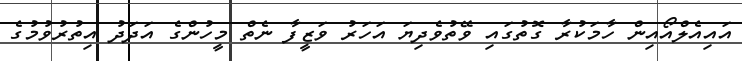
އައިއެލްއޯއިން ހާމަކުރާ ގޮތުގައި ވޭތުވެދިޔަ އަހަރު ވަޒީފާ ނެތް މީހުންގެ އަދަދު އިތުރުވުމުގެ